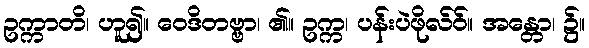
ဥက္ကာတိ၊ ဟူ၍။ ဝေဒိတဗ္ဗာ၊ ၏။ ဥက္က၊ ပန်းပဲဖိုလ်ဝ်။ အန္တော၊ ၌။